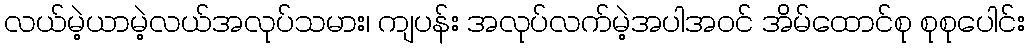
လယ်မဲ့ယာမဲ့လယ်အလုပ်သမား၊ ကျပန်း အလုပ်လက်မဲ့အပါအဝင် အိမ်ထောင်စု စုစုပေါင်း